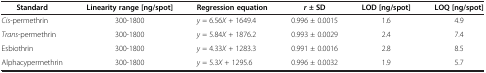
<table><thead><tr><td><b>Standard</b></td><td><b>Linearity range [ng/spot]</b></td><td><b>Regression equation</b></td><td><b><i>r</i>± SD</b></td><td><b>LOD [ng/spot]</b></td><td><b>LOQ [ng/spot]</b></td></tr></thead><tbody><tr><td><i>Cis</i>-permethrin</td><td>300-1800</td><td><i>y</i> = 6.56<i>X</i> + 1649.4</td><td>0.996 ± 0.0015</td><td>1.6</td><td>4.9</td></tr><tr><td><i>Trans</i>-permethrin</td><td>300-1800</td><td><i>y</i> = 5.84<i>X</i> + 1876.2</td><td>0.993 ± 0.0029</td><td>2.4</td><td>7.4</td></tr><tr><td>Esbiothrin</td><td>300-1800</td><td><i>y</i> = 4.33<i>X</i> + 1283.3</td><td>0.991 ± 0.0016</td><td>2.8</td><td>8.5</td></tr><tr><td>Alphacypermethrin</td><td>300-1800</td><td><i>y</i> = 5.3<i>X</i> + 1295.6</td><td>0.996 ± 0.0032</td><td>1.9</td><td>5.7</td></tr></tbody></table>